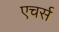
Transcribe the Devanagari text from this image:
एचर्स